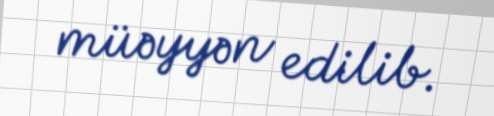
müəyyən edilib.